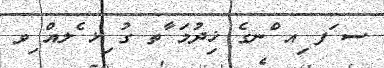
ސ ަފ ިއ ްނގެ ޚިދުމަ ާތ ގު ިޅ ެލއް ިވ